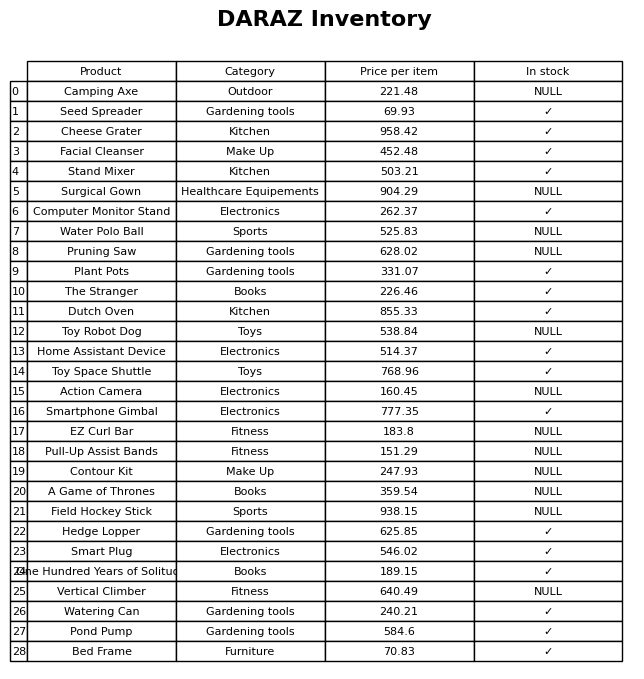
question: What is the price of the Home Assistant Device?
answer: The price of Home Assistant Device is 514.37.